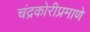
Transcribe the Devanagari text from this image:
चंद्रकोरीप्रमाणे